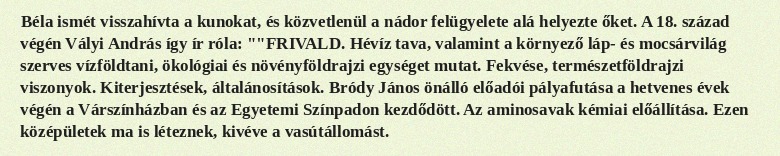
Béla ismét visszahívta a kunokat, és közvetlenül a nádor felügyelete alá helyezte őket. A 18. század végén Vályi András így ír róla: ""FRIVALD. Hévíz tava, valamint a környező láp- és mocsárvilág szerves vízföldtani, ökológiai és növényföldrajzi egységet mutat. Fekvése, természetföldrajzi viszonyok. Kiterjesztések, általánosítások. Bródy János önálló előadói pályafutása a hetvenes évek végén a Várszínházban és az Egyetemi Színpadon kezdődött. Az aminosavak kémiai előállítása. Ezen középületek ma is léteznek, kivéve a vasútállomást.